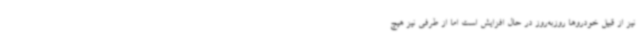
نیز از قبیل خودروها روزبه‌روز در حال افزایش است اما از طرفی نیز هیچ